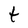
Character: t